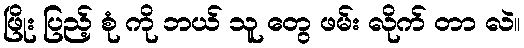
ဖြိုး ပြည့် စုံ ကို ဘယ် သူ တွေ ဖမ်း လိုက် တာ လဲ။